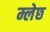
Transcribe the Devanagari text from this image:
म्लेछ